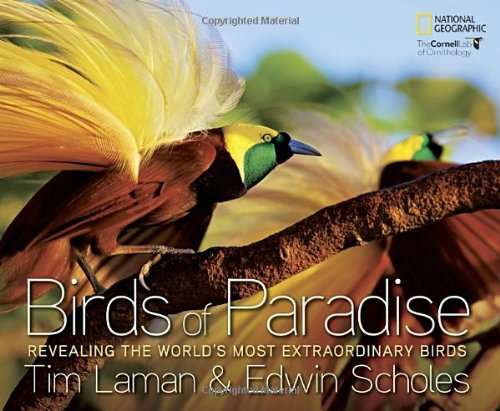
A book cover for Birds of Paradise: Revealing the World's Most Extraordinary Birds; Tim Laman; Science & Math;